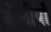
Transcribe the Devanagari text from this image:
बोलीयाँ